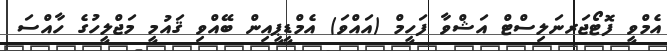
އެމްވީ ފޮޓޯޖަރނަލިސްޓް އަޝްވާ ފަހީމް (އައްވަ) އެމްޑީޕީއިން ބޭއްވި ޤައުމީ މަޖްލީހުގެ ހާއްސަ